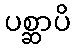
ပစ္ဆာပိ